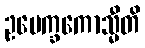
ဥပေက္ခကောသ္မီတိ